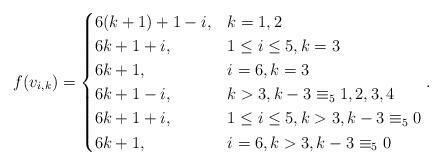
LaTeX: \begin{align*}f(v_{i,k}) &=\begin{cases}6(k+1)+1-i, & k=1,2\\ 6k+1+i, & 1 \leq i \leq 5, k=3\\ 6k+1, & i=6, k=3\\ 6k+1-i, & k>3, k-3\equiv_{5}1,2,3,4\\ 6k+1+i, & 1 \leq i \leq5, k>3, k-3\equiv_{5}0\\ 6k+1, & i=6, k>3, k-3\equiv_{5}0\end{cases}.\end{align*}